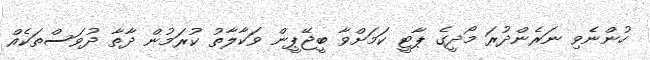
ހުންނެވި ނަރެންދުރަ މޯދީގެ ޕާޓީ ކަމަށްވާ ބީޖޭޕީން ވަކާލާތު ކުރަމުން ދާތާ ދުވަސްތަކެއް